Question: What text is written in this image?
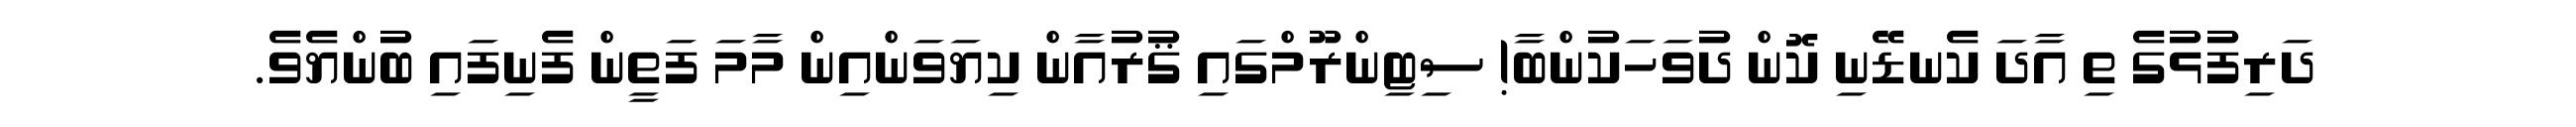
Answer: ދަރިފުޅުގެ ތި އާދަ ކެނޑޭނި ކޮން ދުވަހަކުންބާ! ސިޓިންރޫމްގައި ޤުރުއާން ކިޔަވަންއިން މާމަ ފަތީން ފެނިފައި ބުންޔެވެ.